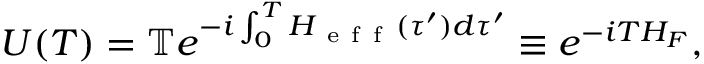
U ( T ) = \mathbb { T } e ^ { - i \int _ { 0 } ^ { T } H _ { \mathrm { ~ e ~ f ~ f ~ } } ( \tau ^ { \prime } ) d \tau ^ { \prime } } \equiv e ^ { - i T H _ { F } } ,